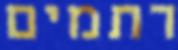
רתמים